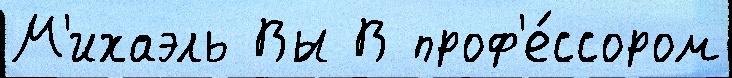
М'ихаэль Вы В проф'е́ссором